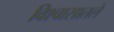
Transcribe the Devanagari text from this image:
विश्वासातले